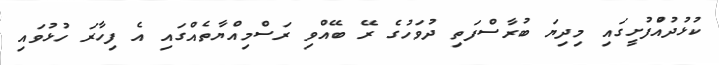
ކުޅުދުއްުފުށީގައި މިދިޔަ ބުރާސްފަތި ދުވަހުގެ ރޭ ބޭއްވި ރަސްމިއްޔާތެއްގައި އެ ފިހާރަ ހުޅުވައި